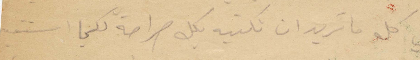
لي كل ما تريد ان تكتبه بكل صراحة لكيما استفيد